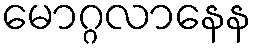
မောဂ္ဂလာနေန